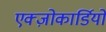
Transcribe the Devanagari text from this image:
एक्ज़ोकार्डियो